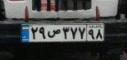
۲۹ص۳۷۷۹۸